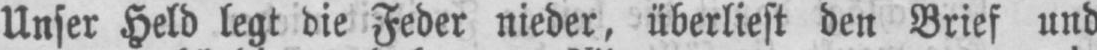
Unser Held legt die Feder nieder, überliest den Brief und